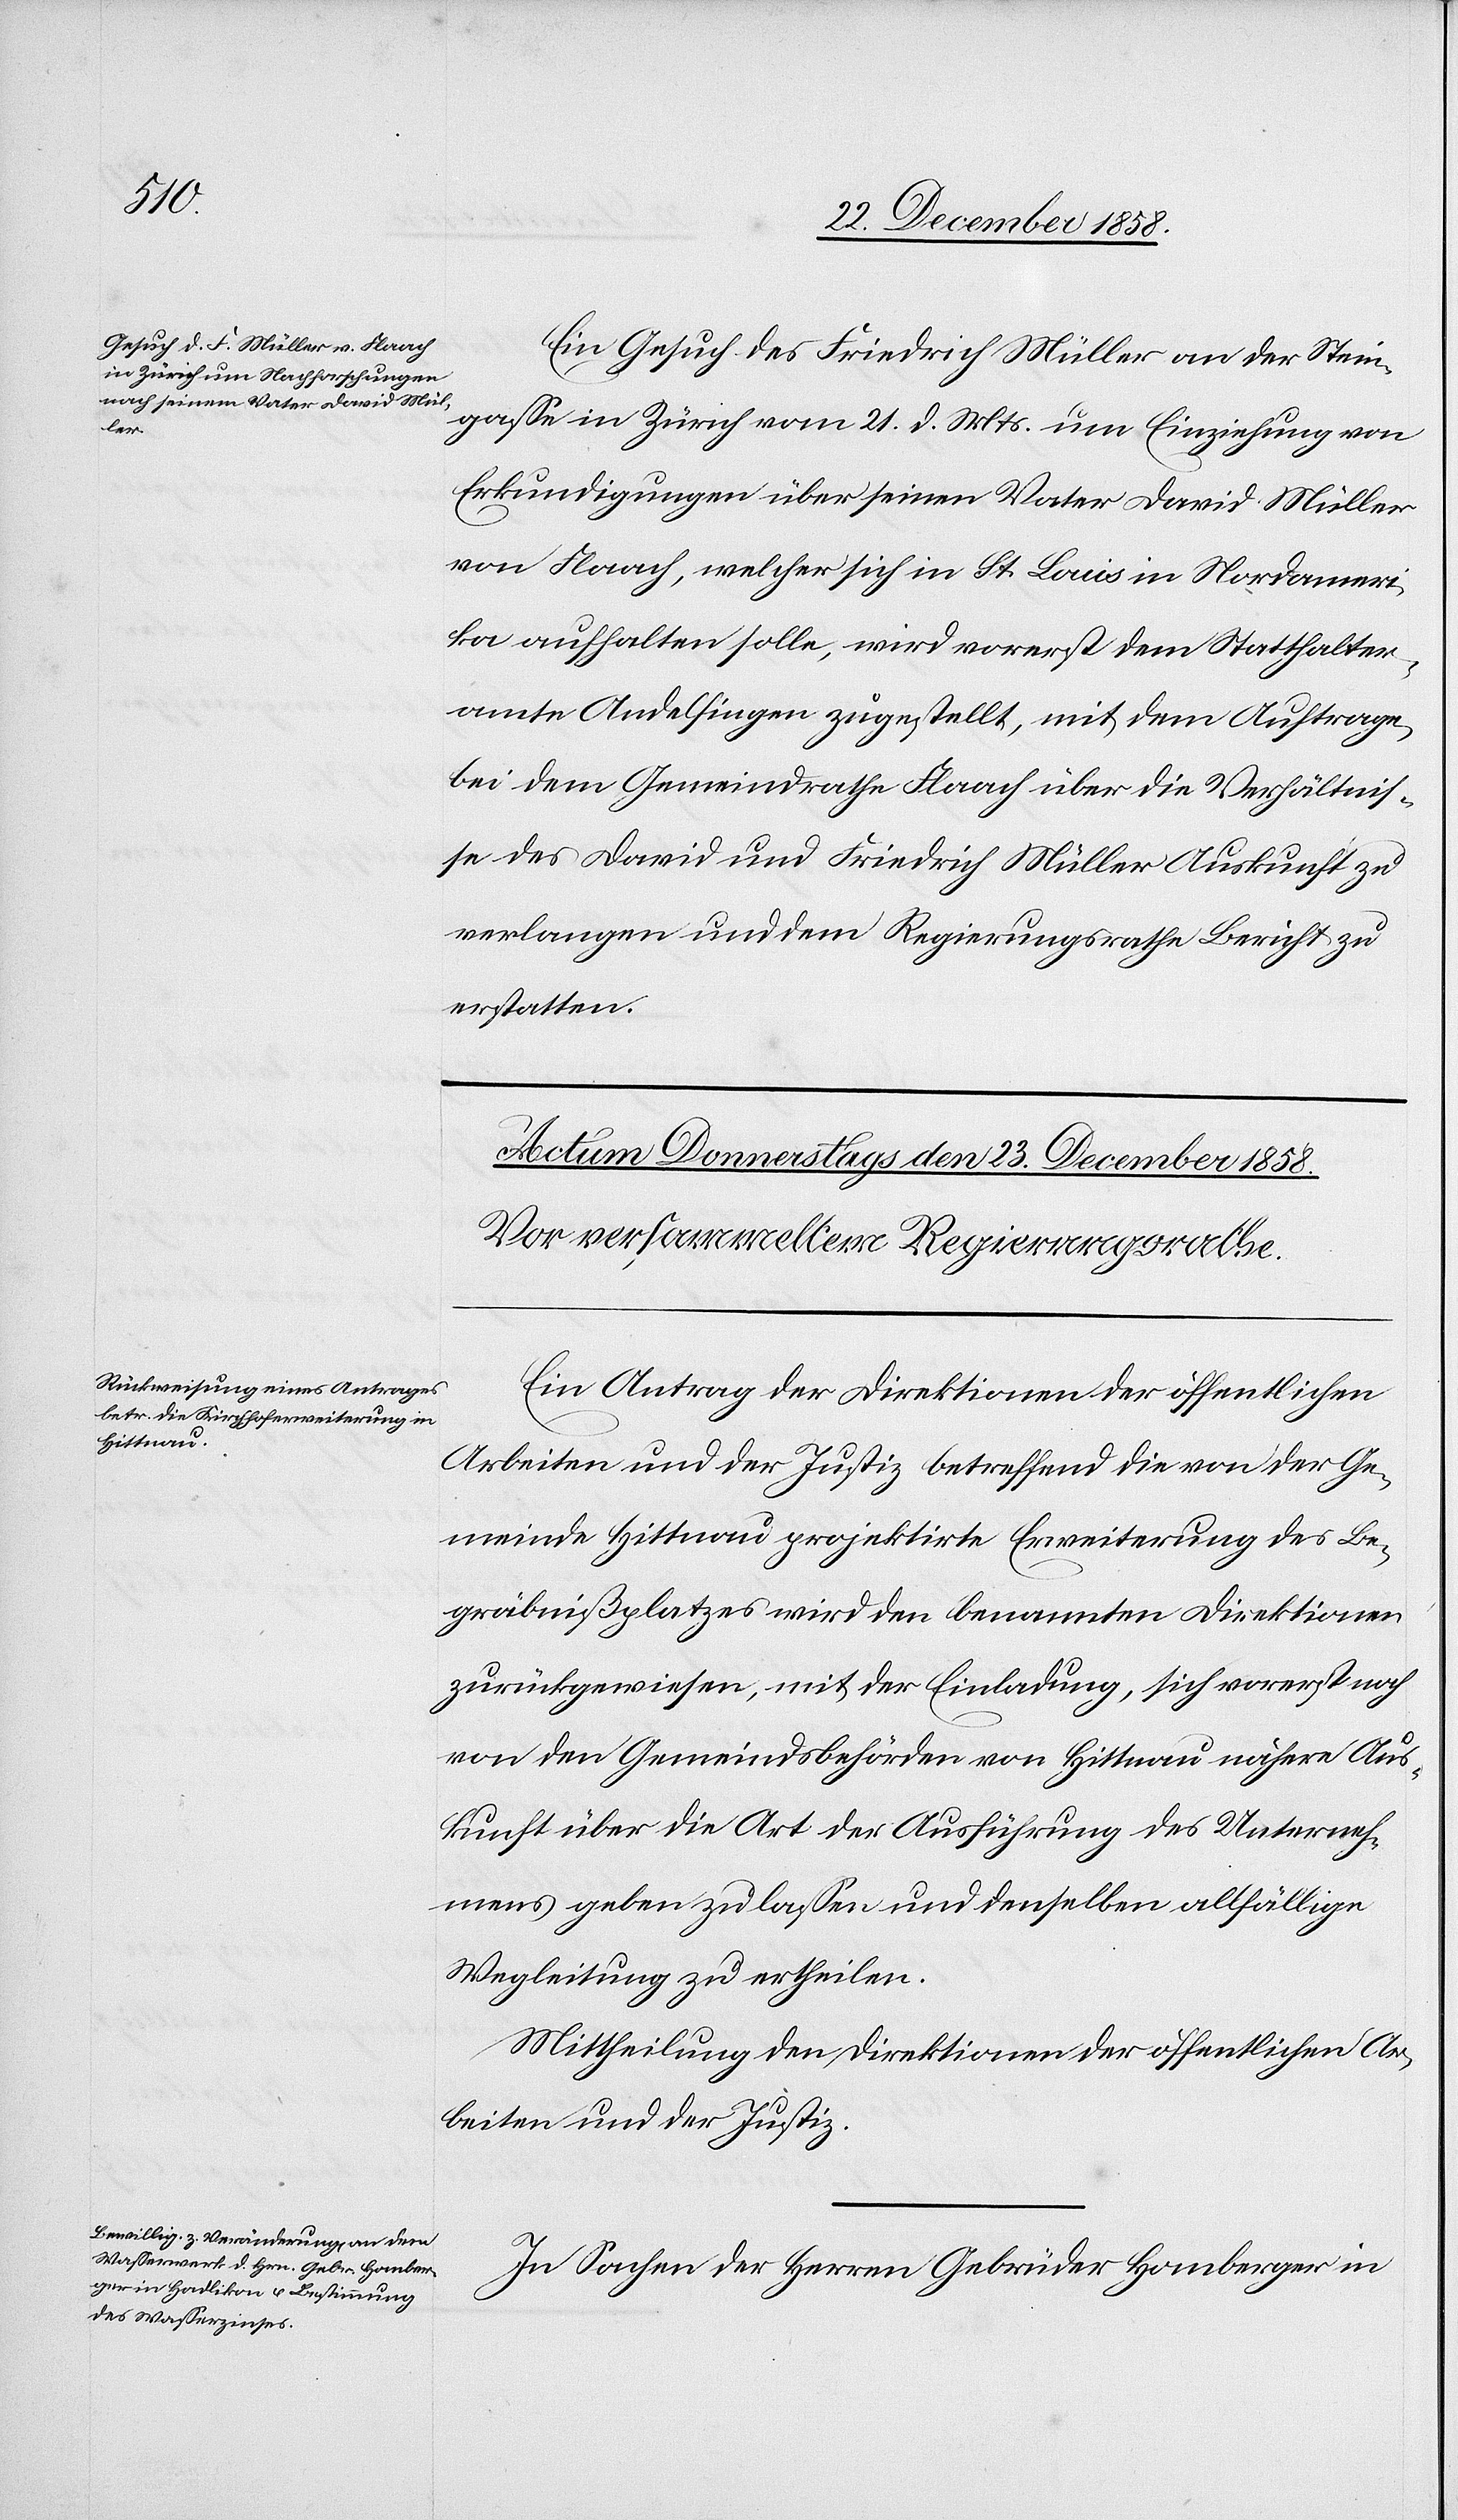
Ein Gesuch des Friedrich Müller an der Stein¬
gasse in Zürich vom 21. d. Mts. um Einziehung von
Erkundigungen über seinen Vater David Müller
von Flaach, welcher sich in St. Louis in Nordameri¬
ka aufhalten solle, wird vorerst dem Statthalter¬
amte Andelfingen zugestellt, mit dem Auftrage,
bei dem Gemeindrathe Flaach über die Verhältnis¬
se des David und Friedrich Müller Auskunft zu
verlangen und dem Regierungsrathe Bericht zu
erstatten.
Ein Antrag der Direktionen der öffentlichen
Arbeiten und der Justiz betreffend die von der Ge¬
meinde Hittnau projektirte Erweiterung des Be¬
gräbnißplatzes wird den benannten Direktionen
zurückgewiesen, mit der Einladung, sich vorerst noch
von den Gemeindsbehörden von Hittnau nähere Aus¬
kunft über die Art der Ausführung des Unterneh¬
mens geben zu lassen und denselben allfällige
Wegleitung zu ertheilen.
Mittheilung den Direktionen der öffentlichen Ar¬
beiten und der Justiz.
In Sachen der Herren Gebrüder Homberger in